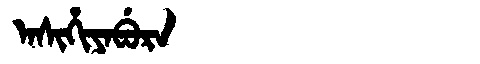
Manchu: ᠠᠰᡳᡥᡳᠶᠠᠪᡠᡵᠠ
Romanization: ASIHIYABURA